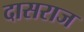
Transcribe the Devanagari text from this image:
दासराज